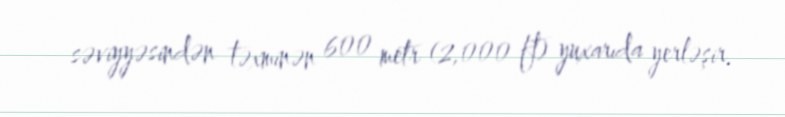
səviyyəsindən təxminən 600 metr (2,000 ft) yuxarıda yerləşir.